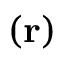
( { \bf r } )